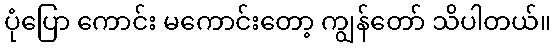
ပုံပြော ကောင်း မကောင်းတော့ ကျွန်တော် သိပါတယ်။